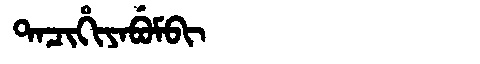
Manchu: ᡨᠠᠴᡳᡥᡳᠶᠠᠪᡠᠮᠪᡳ
Romanization: TACIHIYABUMBI